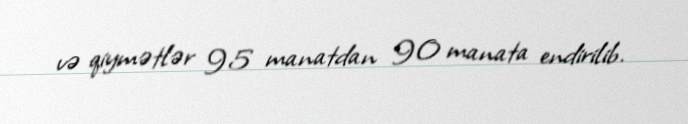
və qiymətlər 95 manatdan 90 manata endirilib.